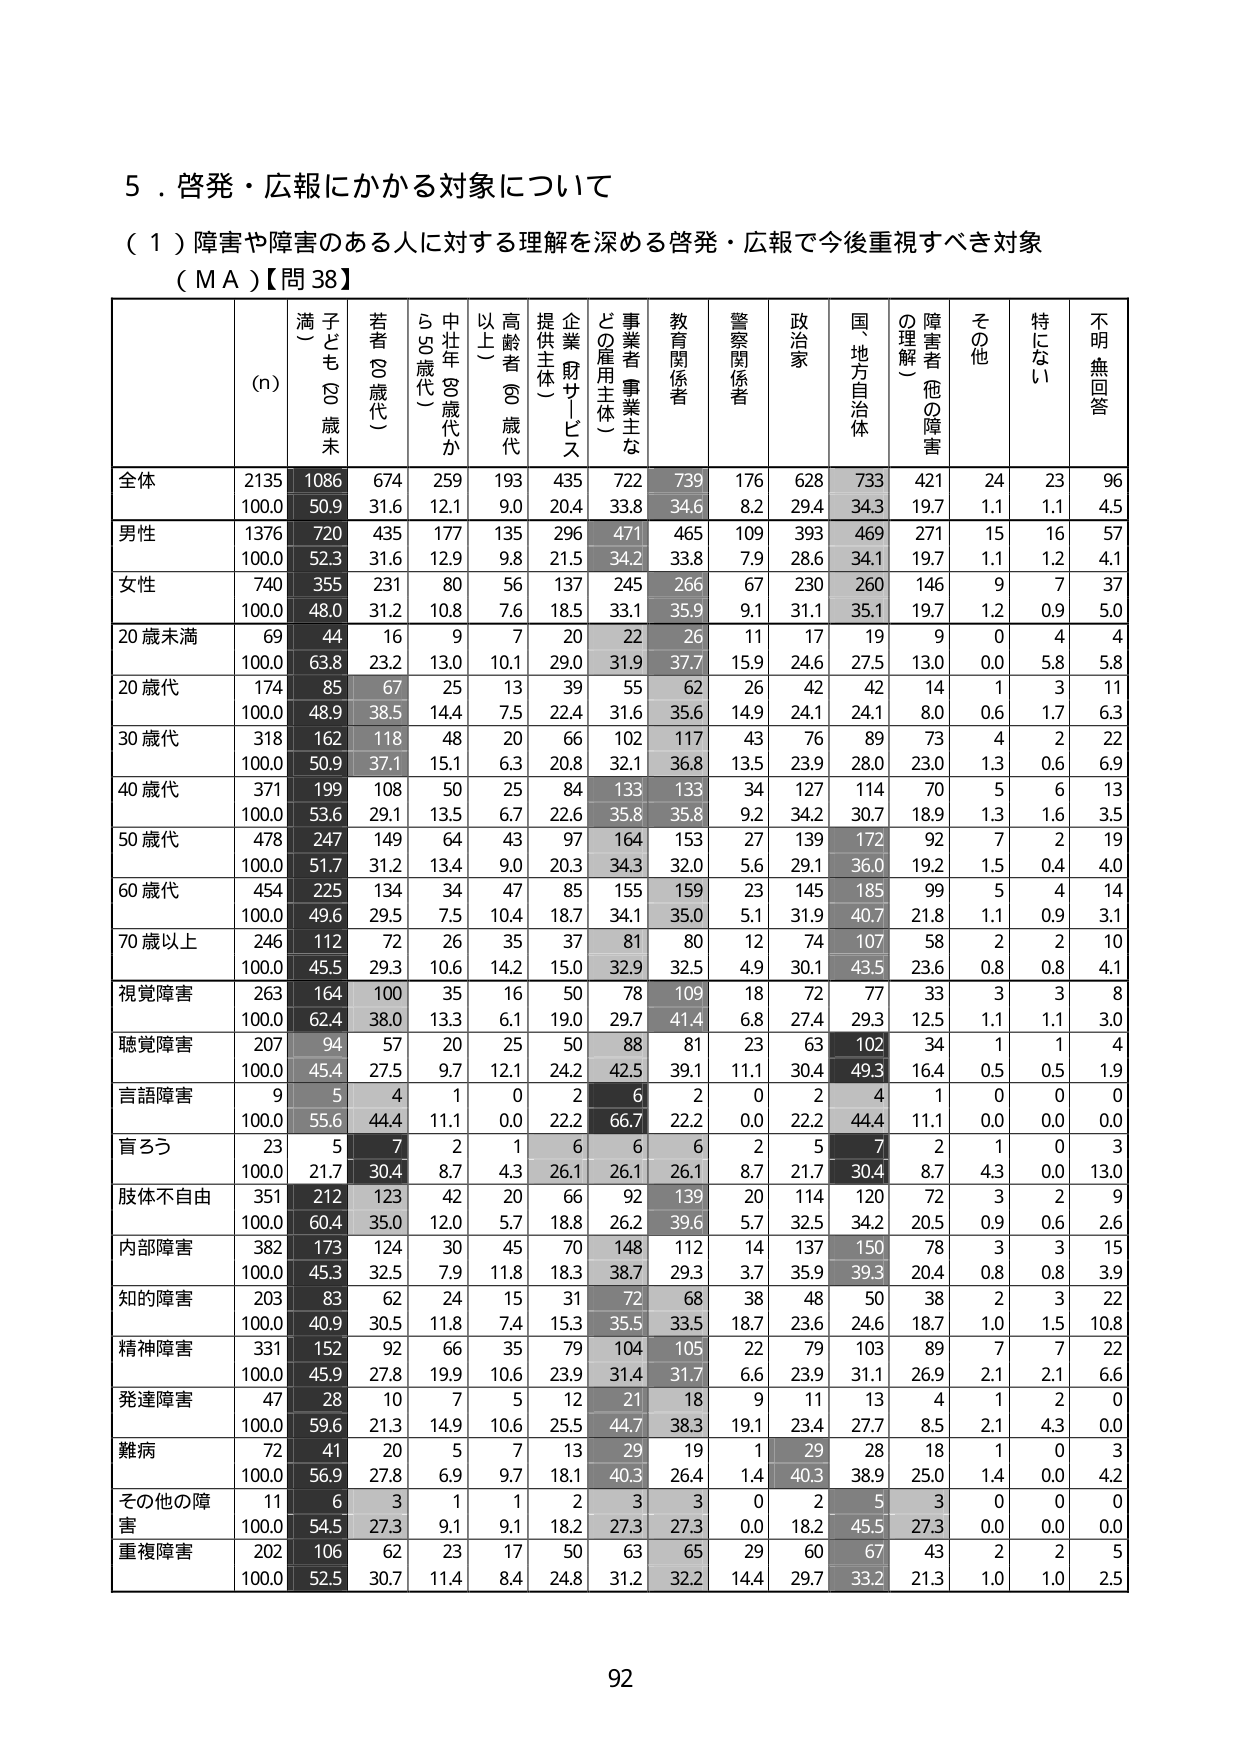
５．啓発・広報にかかる対象について
（１）障害や障害のある人に対する理解を深める啓発・広報で今後重視すべき対象
（ＭＡ）【問38】

(n)
満（子ども８歳未）
若者（８歳代）
中壮年（８歳代から50歳代）
高齢者（８歳代以上）
企業・財サ（ビス提供主体）
事業者・事業主な（どの雇用主体）
教育関係者
警察関係者
政治家
国・地方自治体
障害者（他の障害の理解）
その他
特にない
不明・無回答

全体
2135
1086
674
259
193
435
722
739
176
628
733
421
24
23
96
100.0
50.9
31.6
12.1
9.0
20.4
33.8
34.6
8.2
29.4
34.3
19.7
1.1
1.1
4.5

男性
1376
720
435
177
135
296
471
465
109
393
469
271
15
16
57
100.0
52.3
31.6
12.9
9.8
21.5
34.2
33.8
7.9
28.6
34.1
19.7
1.1
1.2
4.1

女性
740
355
231
80
56
137
245
266
67
230
260
146
9
7
37
100.0
48.0
31.2
10.8
7.6
18.5
33.1
35.9
9.1
31.1
35.1
19.7
1.2
0.9
5.0

20歳未満
69
44
16
9
7
20
22
26
11
17
19
9
0
4
4
100.0
63.8
23.2
13.0
10.1
29.0
31.9
37.7
15.9
24.6
27.5
13.0
0.0
5.8
5.8

20歳代
174
85
67
25
13
39
55
62
26
42
42
14
1
3
11
100.0
48.9
38.5
14.4
7.5
22.4
31.6
35.6
14.9
24.1
24.1
8.0
0.6
1.7
6.3

30歳代
318
162
118
48
20
66
102
117
43
76
89
73
4
2
22
100.0
50.9
37.1
15.1
6.3
20.8
32.1
36.8
13.5
23.9
28.0
23.0
1.3
0.6
6.9

40歳代
371
199
108
50
25
84
133
133
34
127
114
70
5
6
13
100.0
53.6
29.1
13.5
6.7
22.6
35.8
35.8
9.2
34.2
30.7
18.9
1.3
1.6
3.5

50歳代
478
247
149
64
43
97
164
153
27
139
172
92
7
2
19
100.0
51.7
31.2
13.4
9.0
20.3
34.3
32.0
5.6
29.1
36.0
19.2
1.5
0.4
4.0

60歳代
454
225
134
34
47
85
155
159
23
145
185
99
5
4
14
100.0
49.6
29.5
7.5
10.4
18.7
34.1
35.0
5.1
31.9
40.7
21.8
1.1
0.9
3.1

70歳以上
246
112
72
26
35
37
81
80
12
74
107
58
2
2
10
100.0
45.5
29.3
10.6
14.2
15.0
32.9
32.5
4.9
30.1
43.5
23.6
0.8
0.8
4.1

視覚障害
263
164
100
35
16
50
78
109
18
72
77
33
3
3
8
100.0
62.4
38.0
13.3
6.1
19.0
29.7
41.4
6.8
27.4
29.3
12.5
1.1
1.1
3.0

聴覚障害
207
94
57
20
25
50
88
81
23
63
102
34
1
1
4
100.0
45.4
27.5
9.7
12.1
24.2
42.5
39.1
11.1
30.4
49.3
16.4
0.5
0.5
1.9

言語障害
9
5
4
1
0
2
6
2
0
2
4
1
0
0
0
100.0
55.6
44.4
11.1
0.0
22.2
66.7
22.2
0.0
22.2
44.4
11.1
0.0
0.0
0.0

盲ろう
23
5
7
2
1
6
6
6
2
5
7
2
1
0
3
100.0
21.7
30.4
8.7
4.3
26.1
26.1
26.1
8.7
21.7
30.4
8.7
4.3
0.0
13.0

肢体不自由
351
212
123
42
20
66
92
139
20
114
120
72
3
2
9
100.0
60.4
35.0
12.0
5.7
18.8
26.2
39.6
5.7
32.5
34.2
20.5
0.9
0.6
2.6

内部障害
382
173
124
30
45
70
148
112
14
137
150
78
3
3
15
100.0
45.3
32.5
7.9
11.8
18.3
38.7
29.3
3.7
35.9
39.3
20.4
0.8
0.8
3.9

知的障害
203
83
62
24
15
31
72
68
38
48
50
38
2
3
22
100.0
40.9
30.5
11.8
7.4
15.3
35.5
33.5
18.7
23.6
24.6
18.7
1.0
1.5
10.8

精神障害
331
152
92
66
35
79
104
105
22
79
103
89
7
7
22
100.0
45.9
27.8
19.9
10.6
23.9
31.4
31.7
6.6
23.9
31.1
26.9
2.1
2.1
6.6

発達障害
47
28
10
7
5
12
21
18
9
11
13
4
1
2
0
100.0
59.6
21.3
14.9
10.6
25.5
44.7
38.3
19.1
23.4
27.7
8.5
2.1
4.3
0.0

難病
72
41
20
5
7
13
29
19
1
29
28
18
1
0
3
100.0
56.9
27.8
6.9
9.7
18.1
40.3
26.4
1.4
40.3
38.9
25.0
1.4
0.0
4.2

その他の障害
11
6
3
1
1
2
3
3
0
2
5
3
0
0
0
100.0
54.5
27.3
9.1
9.1
18.2
27.3
27.3
0.0
18.2
45.5
27.3
0.0
0.0
0.0

重複障害
202
106
62
23
17
50
63
65
29
60
67
43
2
2
5
100.0
52.5
30.7
11.4
8.4
24.8
31.2
32.2
14.4
29.7
33.2
21.3
1.0
1.0
2.5

92